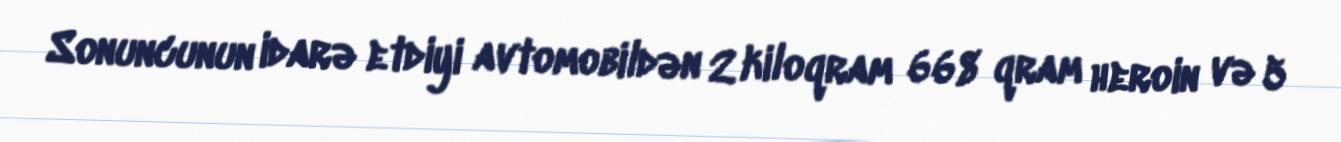
Sonuncunun idarə etdiyi avtomobildən 2 kiloqram 668 qram heroin və 5